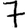
Digit: 7